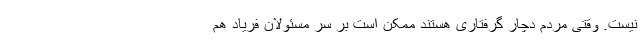
نیست. وقتی مردم دچار گرفتاری هستند ممکن است بر سر مسئولان فریاد هم